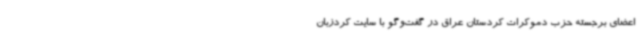
اعضای برجسته حزب دموکرات کردستان عراق در گفت‌وگو با سایت کردزبان